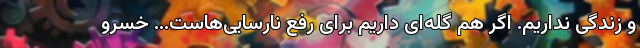
و زندگی نداریم. اگر هم گله‌ای داریم برای رفع نارسایی‌هاست... خسرو